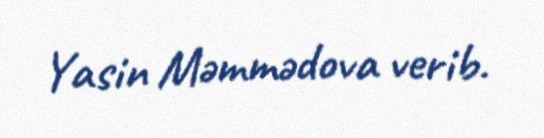
Yasin Məmmədova verib.